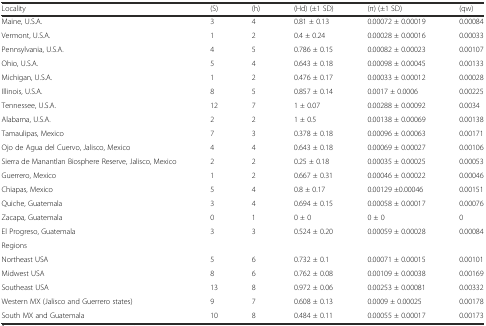
<table><thead><tr><td><b>Locality</b></td><td><b>(S)</b></td><td><b>(h)</b></td><td><b>(Hd) (±1 SD)</b></td><td><b>(π) (±1 SD)</b></td><td><b>(qw)</b></td></tr></thead><tbody><tr><td>Maine, U.S.A.</td><td>3</td><td>4</td><td>0.81 ± 0.13</td><td>0.00072 ± 0.00019</td><td>0.00084</td></tr><tr><td>Vermont, U.S.A.</td><td>1</td><td>2</td><td>0.4 ± 0.24</td><td>0.00028 ± 0.00016</td><td>0.00033</td></tr><tr><td>Pennsylvania, U.S.A.</td><td>4</td><td>5</td><td>0.786 ± 0.15</td><td>0.00082 ± 0.00023</td><td>0.00107</td></tr><tr><td>Ohio, U.S.A.</td><td>5</td><td>4</td><td>0.643 ± 0.18</td><td>0.00098 ± 0.00045</td><td>0.00133</td></tr><tr><td>Michigan, U.S.A.</td><td>1</td><td>2</td><td>0.476 ± 0.17</td><td>0.00033 ± 0.00012</td><td>0.00028</td></tr><tr><td>Illinois, U.S.A.</td><td>8</td><td>5</td><td>0.857 ± 0.14</td><td>0.0017 ± 0.0006</td><td>0.00225</td></tr><tr><td>Tennessee, U.S.A.</td><td>12</td><td>7</td><td>1 ± 0.07</td><td>0.00288 ± 0.00092</td><td>0.0034</td></tr><tr><td>Alabama, U.S.A.</td><td>2</td><td>2</td><td>1 ± 0.5</td><td>0.00138 ± 0.00069</td><td>0.00138</td></tr><tr><td>Tamaulipas, Mexico</td><td>7</td><td>3</td><td>0.378 ± 0.18</td><td>0.00096 ± 0.00063</td><td>0.00171</td></tr><tr><td>Ojo de Agua del Cuervo, Jalisco, Mexico</td><td>4</td><td>4</td><td>0.643 ± 0.18</td><td>0.00069 ± 0.00027</td><td>0.00106</td></tr><tr><td>Sierra de Manantlan Biosphere Reserve, Jalisco, Mexico</td><td>2</td><td>2</td><td>0.25 ± 0.18</td><td>0.00035 ± 0.00025</td><td>0.00053</td></tr><tr><td>Guerrero, Mexico</td><td>1</td><td>2</td><td>0.667 ± 0.31</td><td>0.00046 ± 0.00022</td><td>0.00046</td></tr><tr><td>Chiapas, Mexico</td><td>5</td><td>4</td><td>0.8 ± 0.17</td><td>0.00129 ±0.00046</td><td>0.00151</td></tr><tr><td>Quiche, Guatemala</td><td>3</td><td>4</td><td>0.694 ± 0.15</td><td>0.00058 ± 0.00017</td><td>0.00076</td></tr><tr><td>Zacapa, Guatemala</td><td>0</td><td>1</td><td>0 ± 0</td><td>0 ± 0</td><td>0</td></tr><tr><td>El Progreso, Guatemala</td><td>3</td><td>3</td><td>0.524 ± 0.20</td><td>0.00059 ± 0.00028</td><td>0.00084</td></tr><tr><td colspan="6">Regions</td></tr><tr><td>Northeast USA</td><td>5</td><td>6</td><td>0.732 ± 0.1</td><td>0.00071 ± 0.00015</td><td>0.00101</td></tr><tr><td>Midwest USA</td><td>8</td><td>6</td><td>0.762 ± 0.08</td><td>0.00109 ± 0.00038</td><td>0.00169</td></tr><tr><td>Southeast USA</td><td>13</td><td>8</td><td>0.972 ± 0.06</td><td>0.00253 ± 0.00081</td><td>0.00332</td></tr><tr><td>Western MX (Jalisco and Guerrero states)</td><td>9</td><td>7</td><td>0.608 ± 0.13</td><td>0.0009 ± 0.00025</td><td>0.00178</td></tr><tr><td>South MX and Guatemala</td><td>10</td><td>8</td><td>0.484 ± 0.11</td><td>0.00055 ± 0.00017</td><td>0.00173</td></tr></tbody></table>